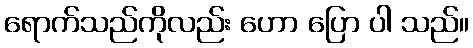
ရောက်သည်ကိုလည်း ဟော ပြော ပါ သည်။